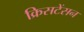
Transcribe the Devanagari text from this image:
क्रिसटेंसन